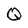
Character: Q